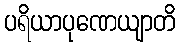
ပရိယာပုဏေယျာတိ